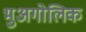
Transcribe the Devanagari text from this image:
भुअगोलिक